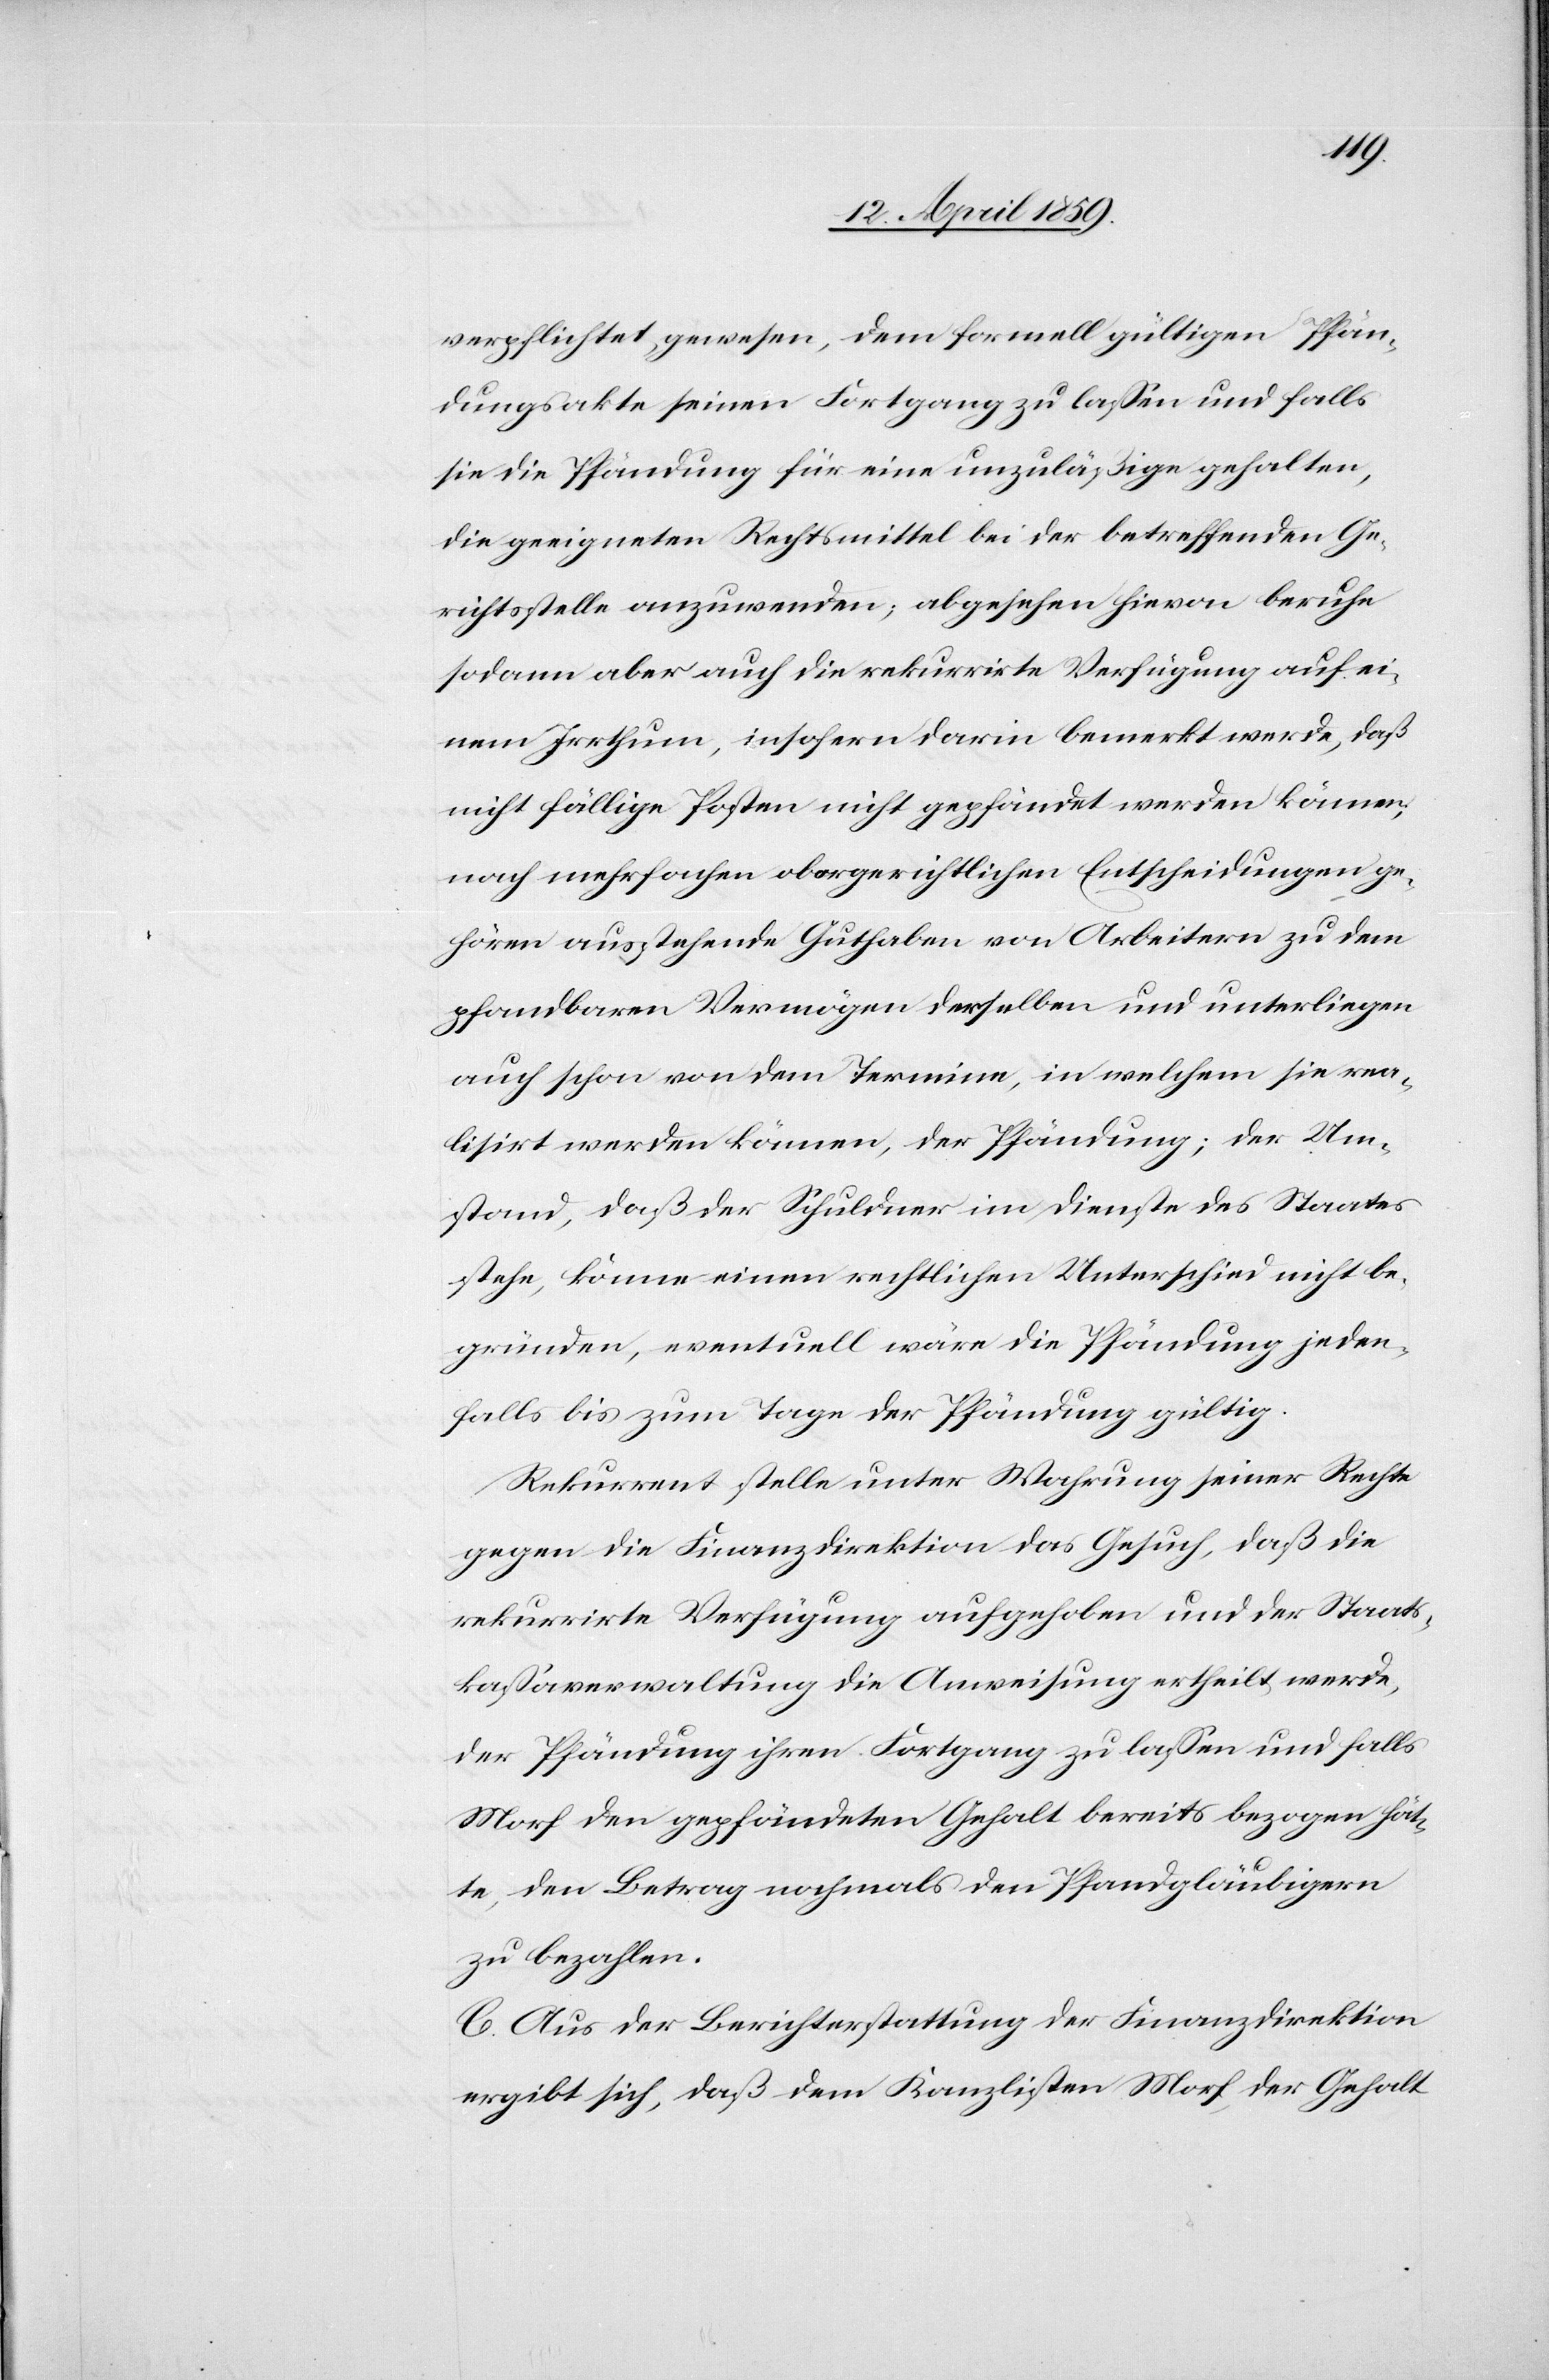
verpflichtet gewesen, dem formell gültigen Pfän¬
dungsakte seinen Fortgang zu laßen und falls
sie die Pfändung für eine unzuläßige gehalten,
die geeigneten Rechtsmittel bei der betreffenden Ge¬
richtsstelle anzuwenden; abgesehen hievon beruhe
sodann aber auch die rekurrirte Verfügung auf ei¬
nem Irrthum, insofern darin bemerkt werde, daß
nicht fällige Posten nicht gepfändet werden können;
nach mehrfachen obergerichtlichen Entscheidungen ge¬
hören ausstehende Guthaben von Arbeitern zu dem
pfandbaren Vermögen derselben und unterliegen
auch schon von dem Termine, in welchem sie rea¬
lisirt werden können, der Pfändung; der Um¬
stand, daß der Schuldner im Dienste des Staates
stehe, könne einen rechtlichen Unterschied nicht be¬
gründen, eventuell wäre die Pfändung jeden¬
falls bis zum Tage der Pfändung gültig.
Rekurrent stelle unter Wahrung seiner Rechte
gegen die Finanzdirektion das Gesuch, daß die
rekurrirte Verfügung aufgehoben und der Staats¬
kaßaverwaltung die Anweisung ertheilt werde,
der Pfändung ihren Fortgang zu laßen und falls
Morf den gepfändeten Gehalt bereits bezogen hät¬
te, den Betrag nochmals den Pfandgläubigern
zu bezahlen.
C. Aus der Berichterstattung der Finanzdirektion
ergibt sich, daß dem Kanzlisten Morf, der Gehalt